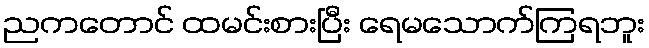
ညကတောင် ထမင်းစားပြီး ရေမသောက်ကြရဘူး